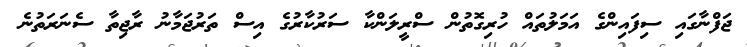
ޖަފްނާގައި ސިފައިންގެ އަމަލުތައް ހުރިގޮތުން ސްރީލަންކާ ސަރުކާރުގެ އިސް ތަރުޖަމާނު ރާޖިތާ ސެނަރަތުނެ